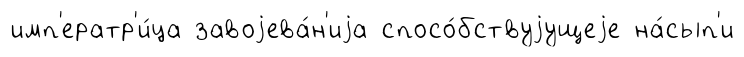
имп'ератр'и́ца завоjева́н'иjа спосо́бствуjущеjе на́сып'и